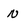
Character: n